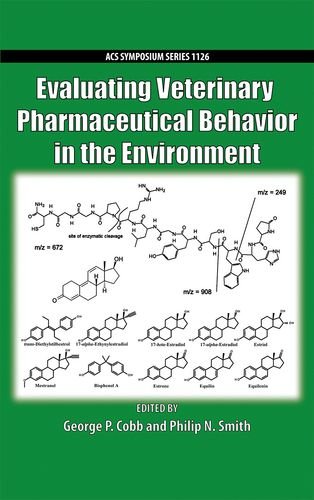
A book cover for Evaluating Veterinary Pharmaceutical Behavior in the Environment (ACS Symposium Series); George P. Cobb; Medical Books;